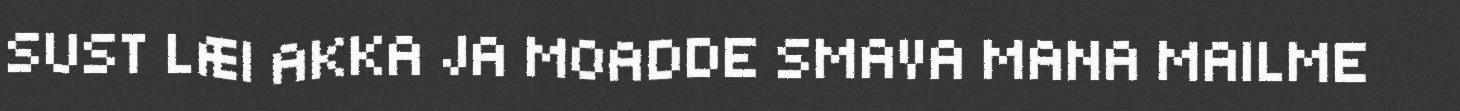
SUST LÆI AKKA JA MOADDE SMAVA MANA MAILME